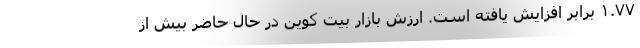
۱.۷۷ برابر افزایش یافته است. ارزش بازار بیت کوین در حال حاضر بیش از